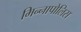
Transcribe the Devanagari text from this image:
मिन्नापोलिस